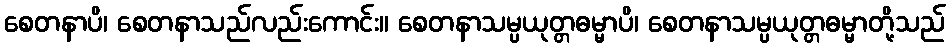
စေတနာပိ၊ စေတနာသည်လည်းကောင်း။ စေတနာသမ္ပယုတ္တဓမ္မာပိ၊ စေတနာသမ္ပယုတ္တဓမ္မာတို့သည်